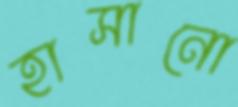
হাসানো